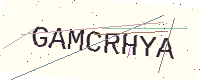
Text: GAMCRHYA